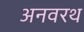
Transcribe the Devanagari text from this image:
अनवरथ